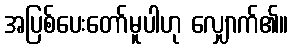
အပြစ်ပေးတော်မူပါဟု လျှောက်၏။